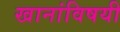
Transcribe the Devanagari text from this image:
खानांविषयी